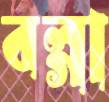
বল্‌গা